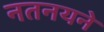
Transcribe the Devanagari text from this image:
नतनयने